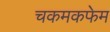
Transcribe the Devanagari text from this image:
चकमकफेम